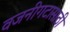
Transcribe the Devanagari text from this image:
वजनीगटासाठी